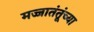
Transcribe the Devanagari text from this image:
मज्जातंतूंच्या